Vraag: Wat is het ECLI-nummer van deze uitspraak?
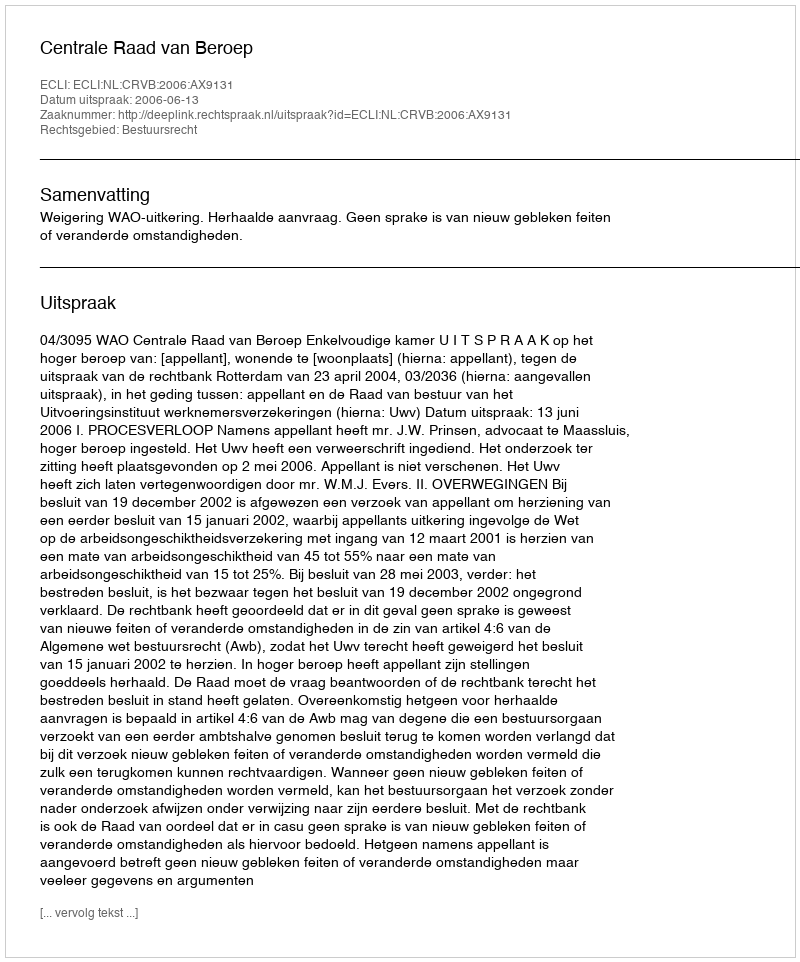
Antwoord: ECLI:NL:CRVB:2006:AX9131